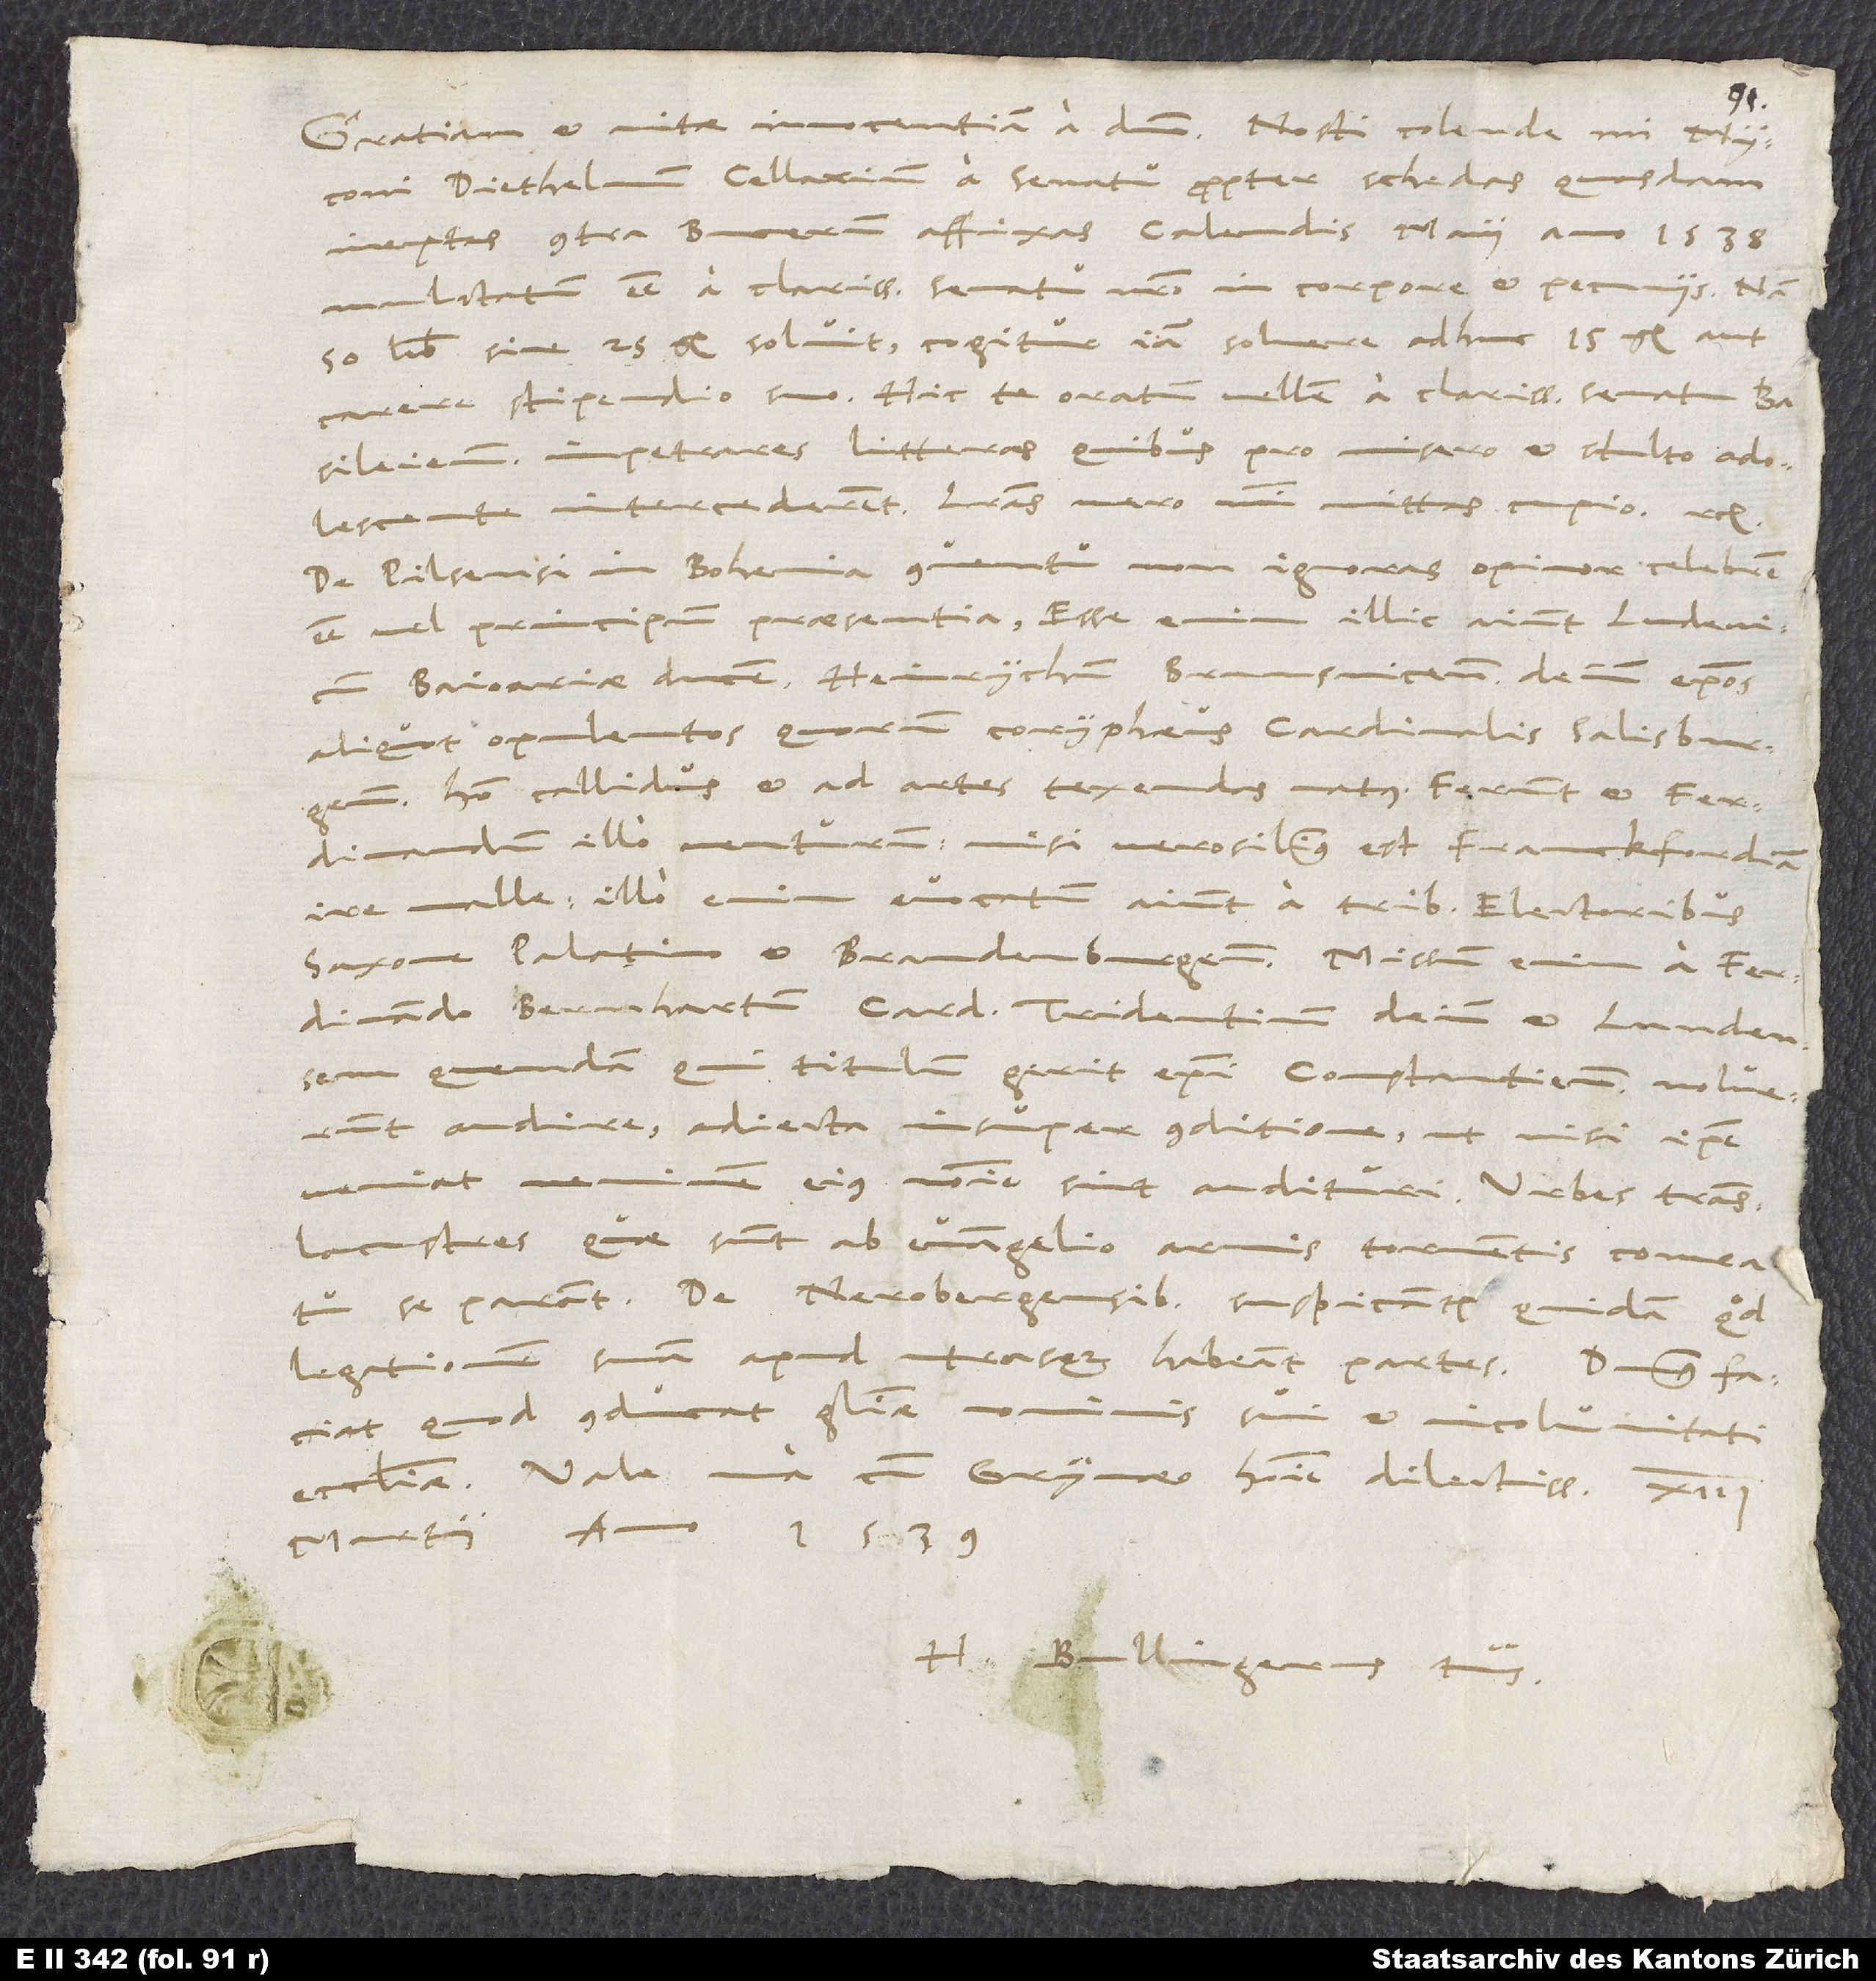
Myconi, Diethelmum Cellarium a senatu propter schedas quasdam
ineptas contra Bucerum affixas calendis maii anno 1538
mulctatum esse a clarissimo senatu nostro in corpore et pecuniis. Nam
50 liben solvit; cogitur iam solvere adhuc 15 gulden aut
carere stipendio suo. Hic te oratum vellem, a clarissimo senatu
Basileiensi impetrares litteras, quibus pro misero et stulto adolescente
intercederent. Litteras vero mihi mittas cupio etc.
De Pilsensi in Bohemia conventu non ignoras, opinor, celebrem
esse vel principum praesentia; esse enim illic aiunt Ludevicum
Baioariae ducem, Heinrychum Brunsvicensem, deinde episcopos
aliquot opulentos, quorum coryphaeus cardinalis Salisburgensis,
homo callidus et ad artes texendas natus. Ferunt et Ferdinandum
illo venturum, nisi verosimilius est Franckfordiam
ire malle; illo enim evocatum aiunt a tribus electoribus
Saxone, Palatino et Brandenburgensi. Missum enim a Ferdinando
Bernhartum cardinalem Tridentinum, deinde et Lundensem
quendam, qui titulum gerit episcopi Constantiensis, noluerunt
audire adiecta insuper conditione, ut, nisi ipse
veniat, neminem eius nomine sint audituri. Urbes translacustres,
quae sunt ab evangelio, armis, tormentis, comeatu
se parant. De Nerobergensibus suspicantur quidam, quod
legationem suam apud utrasque habeant partes. Dominus faciat,
quod conducat gloriae nominis sui et incolumitati
martii anno 1539.
H. Bullingerus tuus.